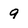
Character: 9